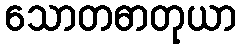
သောတဓာတုယာ